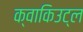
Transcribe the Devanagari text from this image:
क्वाकिउट्ल